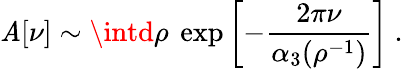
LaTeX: \mathit{A}[\nu]\sim\intd\rho~\exp\left[-\frac{{2\pi\nu}}{{\alpha_{3}(\rho^{-1})}}\right]~.